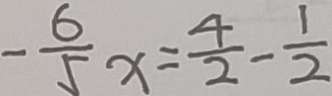
- \frac { 6 } { 5 } x = \frac { 4 } { 2 } - \frac { 1 } { 2 }